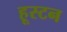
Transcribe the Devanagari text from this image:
हूस्टन